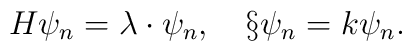
H\psi_n=\lambda\cdot\psi_n, \ \  \   \S\psi_n=k\psi_n.